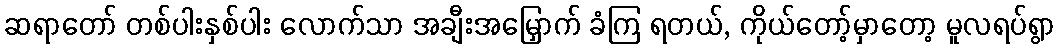
ဆရာတော် တစ်ပါးနှစ်ပါး လောက်သာ အချီးအမြှောက် ခံကြ ရတယ်, ကိုယ်တော့်မှာတော့ မူလရပ်ရွာ